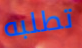
تطلبه